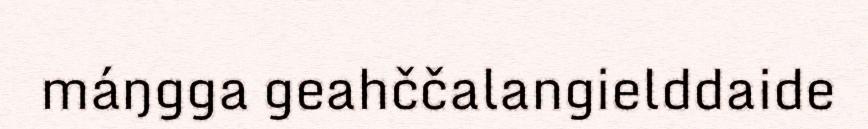
máŋgga geahččalangielddaide